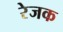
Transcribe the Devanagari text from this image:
रेजक